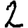
Digit: 2